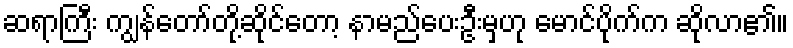
ဆရာကြီး ကျွန်တော်တို့ဆိုင်တော့ နာမည်ပေးဦးမှဟု မောင်ပိုက်က ဆိုလာ၏။